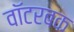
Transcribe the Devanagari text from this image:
वॉटरबक